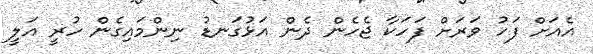
އެއަށް ފަހު ވަރަށް ފަހަކާ ޖެހެން ދެން އަޅުގަނޑު ނިންމައިގެން ހުރީ އަލީ